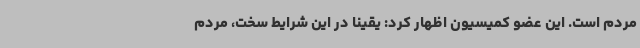
مردم است. این عضو کمیسیون اظهار کرد: یقینا در این شرایط سخت، مردم